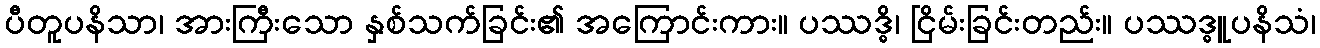
ပီတူပနိသာ၊ အားကြီးသော နှစ်သက်ခြင်း၏ အကြောင်းကား။ ပဿဒ္ဓိ၊ ငြိမ်းခြင်းတည်း။ ပဿဒ္ဓူပနိသံ၊